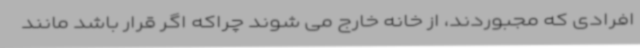
افرادی که مجبوردند، از خانه خارج می شوند چراکه اگر قرار باشد مانند